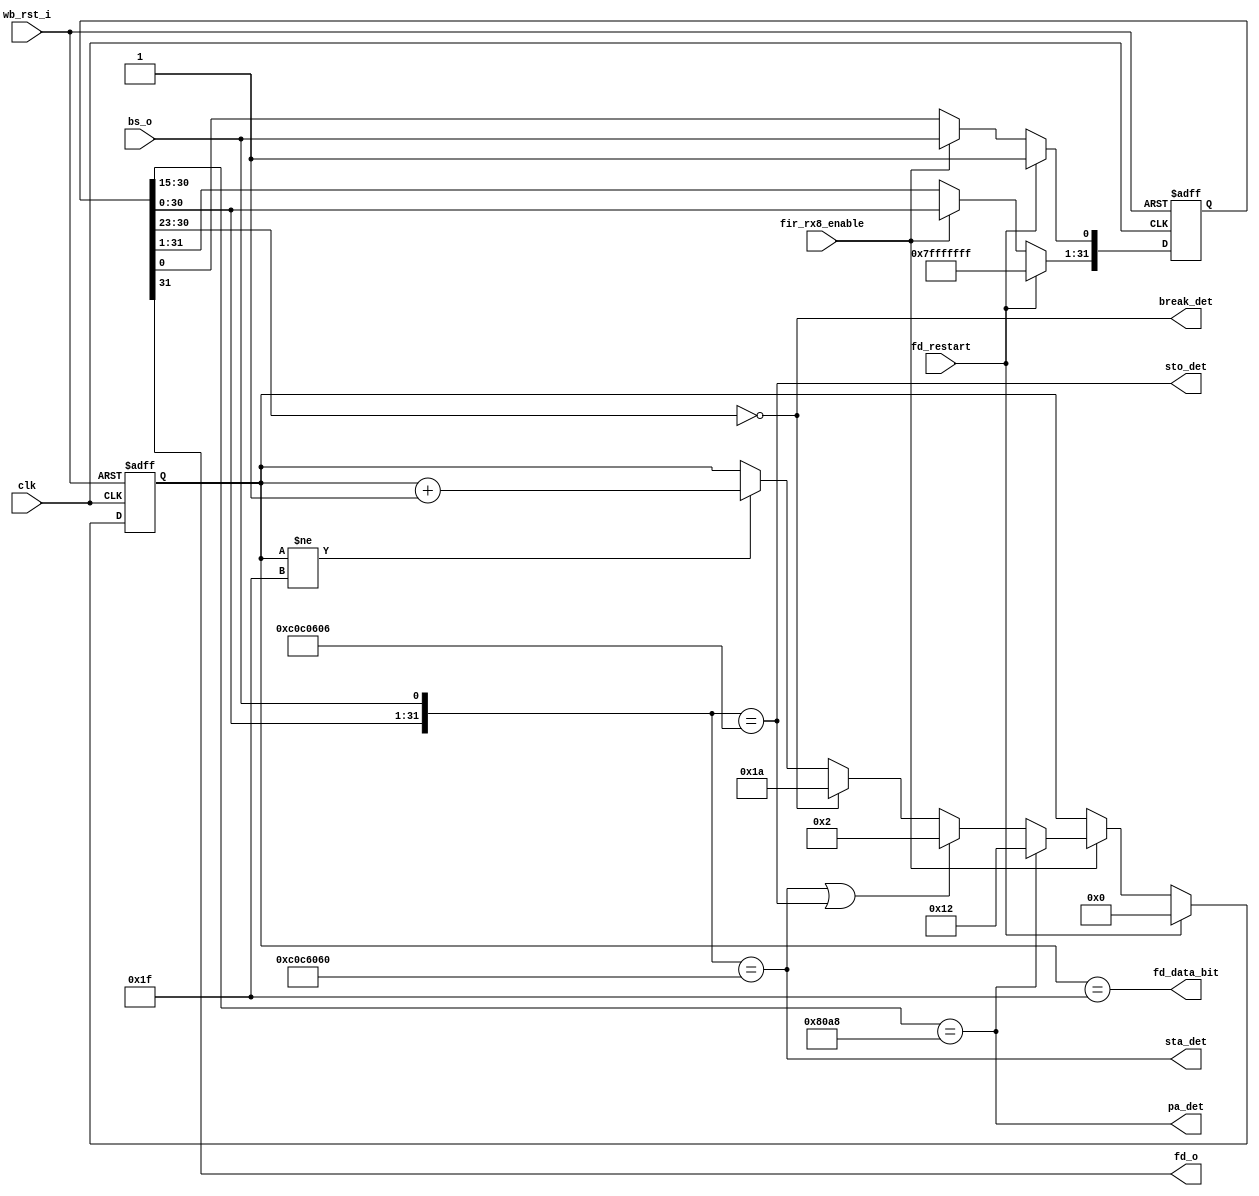
module irda_fir_flag_det (clk, wb_rst_i, fd_restart, fir_rx8_enable, bs_o, pa_det, sta_det, sto_det, 
	break_det, fd_data_bit, fd_o);

input		clk;
input		wb_rst_i;
input		fd_restart;
input		fir_rx8_enable;
input		bs_o;
output	pa_det;
output	sta_det;
output	sto_det;
output	break_det;
output	fd_data_bit; // is bit at fd_o is a data bit
output	fd_o;		// bit output

reg	[31:0]	temp32;
reg	[4:0]		front;

// temp shift register
always @(posedge clk or posedge wb_rst_i)
begin
	if (wb_rst_i) begin
		temp32 <= #1 32'hffffffff;
	end else if (fd_restart) begin
		temp32 <= #1 32'hffffffff;
	end else if (fir_rx8_enable) begin
		temp32[31:1] <= #1 temp32[30:0];
		temp32[0]    <= #1 bs_o;
	end
end

assign pa_det = ( temp32[30:15] == 16'b1000_0000_1010_1000);
assign sta_det = ( {temp32[30:0], bs_o} == 32'b0000_1100_0000_1100_0110_0000_0110_0000 );
assign sto_det = ( {temp32[30:0], bs_o} == 32'b0000_1100_0000_1100_0000_0110_0000_0110 );
assign break_det = (temp32[30:23] == 8'b0000_0000);

// front pointer logic
always @(posedge clk or posedge wb_rst_i)
begin
	if (wb_rst_i) begin
		front <= #1 0;
	end else if (fd_restart) begin
		front <= #1 0;
	end else if (fir_rx8_enable) begin
		if (pa_det)
			front <= #1 18;
		else if (sta_det || sto_det)
			front <= #1 2;
		else if (break_det)
			front <= #1 26;
		else if (front != 31)
			front <= #1 front + 1;
	end
end

assign fd_data_bit = (front == 31);
assign fd_o = temp32[31];

endmodule